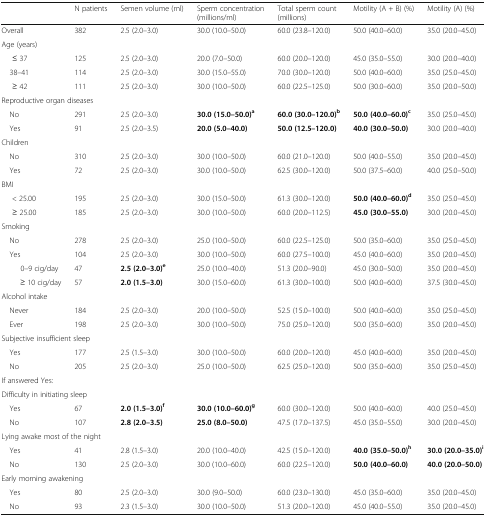
<table><thead><tr><td></td><td><b>N patients</b></td><td><b>Semen volume (ml)</b></td><td><b>Sperm concentration (millions/ml)</b></td><td><b>Total sperm count (millions)</b></td><td><b>Motility (A + B) (%)</b></td><td><b>Motility (A) (%)</b></td></tr></thead><tbody><tr><td>Overall</td><td>382</td><td>2.5 (2.0–3.0)</td><td>30.0 (10.0–50.0)</td><td>60.0 (23.8–120.0)</td><td>50.0 (40.0–60.0)</td><td>35.0 (20.0–45.0)</td></tr><tr><td colspan="7">Age (years)</td></tr><tr><td>≤ 37</td><td>125</td><td>2.5 (2.0–3.0)</td><td>20.0 (7.0–50.0)</td><td>60.0 (20.0–120.0)</td><td>45.0 (35.0–55.0)</td><td>30.0 (20.0–40.0)</td></tr><tr><td> 38–41</td><td>114</td><td>2.5 (2.0–3.0)</td><td>30.0 (15.0–55.0)</td><td>70.0 (30.0–120.0)</td><td>50.0 (40.0–60.0)</td><td>35.0 (25.0–45.0)</td></tr><tr><td>≥ 42</td><td>111</td><td>2.5 (2.0–3.0)</td><td>30.0 (10.0–50.0)</td><td>60.0 (22.5–125.0)</td><td>50.0 (30.0–60.0)</td><td>35.0 (20.0–50.0)</td></tr><tr><td colspan="7">Reproductive organ diseases</td></tr><tr><td> No</td><td>291</td><td>2.5 (2.0–3.0)</td><td><b>30.0 (15.0–50.0)</b><sup><b>a</b></sup></td><td><b>60.0 (30.0–120.0)</b><sup><b>b</b></sup></td><td><b>50.0 (40.0–60.0)</b><sup><b>c</b></sup></td><td>35.0 (25.0–45.0)</td></tr><tr><td> Yes</td><td>91</td><td>2.5 (2.0–3.5)</td><td><b>20.0 (5.0–40.0)</b></td><td><b>50.0 (12.5–120.0)</b></td><td><b>40.0 (30.0–50.0)</b></td><td>30.0 (20.0–40.0)</td></tr><tr><td colspan="7">Children</td></tr><tr><td> No</td><td>310</td><td>2.5 (2.0–3.0)</td><td>30.0 (10.0–50.0)</td><td>60.0 (21.0–120.0)</td><td>50.0 (40.0–55.0)</td><td>35.0 (20.0–45.0)</td></tr><tr><td> Yes</td><td>72</td><td>2.5 (2.0–3.0)</td><td>30.0 (10.0–50.0)</td><td>62.5 (30.0–120.0)</td><td>50.0 (37.5–60.0)</td><td>40.0 (25.0–50.0)</td></tr><tr><td colspan="7">BMI</td></tr><tr><td>&lt; 25.00</td><td>195</td><td>2.5 (2.0–3.0)</td><td>30.0 (15.0–50.0)</td><td>61.3 (30.0–120.0)</td><td><b>50.0 (40.0–60.0)</b><sup><b>d</b></sup></td><td>35.0 (25.0–45.0)</td></tr><tr><td>≥ 25.00</td><td>185</td><td>2.5 (2.0–3.0)</td><td>30.0 (10.0–50.0)</td><td>60.0 (20.0–112.5)</td><td><b>45.0 (30.0–55.0)</b></td><td>30.0 (20.0–45.0)</td></tr><tr><td colspan="7">Smoking</td></tr><tr><td> No</td><td>278</td><td>2.5 (2.0–3.0)</td><td>25.0 (10.0–50.0)</td><td>60.0 (22.5–125.0)</td><td>50.0 (35.0–60.0)</td><td>35.0 (25.0–45.0)</td></tr><tr><td> Yes</td><td>104</td><td>2.5 (2.0–3.0)</td><td>30.0 (10.0–50.0)</td><td>60.0 (27.5–100.0)</td><td>45.0 (40.0–60.0)</td><td>35.0 (20.0–45.0)</td></tr><tr><td>0–9 cig/day</td><td>47</td><td><b>2.5 (2.0–3.0)</b><sup><b>e</b></sup></td><td>25.0 (10.0–40.0)</td><td>51.3 (20.0–90.0)</td><td>45.0 (30.0–50.0)</td><td>35.0 (20.0–45.0)</td></tr><tr><td>≥ 10 cig/day</td><td>57</td><td><b>2.0 (1.5–3.0)</b></td><td>30.0 (15.0–60.0)</td><td>61.3 (30.0–100.0)</td><td>50.0 (40.0–60.0)</td><td>37.5 (30.0–45.0)</td></tr><tr><td colspan="7">Alcohol intake</td></tr><tr><td> Never</td><td>184</td><td>2.5 (2.0–3.0)</td><td>20.0 (10.0–50.0)</td><td>52.5 (15.0–100.0)</td><td>50.0 (40.0–60.0)</td><td>35.0 (25.0–45.0)</td></tr><tr><td> Ever</td><td>198</td><td>2.5 (2.0–3.0)</td><td>30.0 (10.0–50.0)</td><td>75.0 (25.0–120.0)</td><td>50.0 (35.0–60.0)</td><td>35.0 (20.0–45.0)</td></tr><tr><td colspan="7">Subjective insufficient sleep</td></tr><tr><td> Yes</td><td>177</td><td>2.5 (1.5–3.0)</td><td>30.0 (10.0–50.0)</td><td>60.0 (20.0–120.0)</td><td>45.0 (40.0–60.0)</td><td>35.0 (20.0–45.0)</td></tr><tr><td> No</td><td>205</td><td>2.5 (2.0–3.0)</td><td>25.0 (10.0–50.0)</td><td>62.5 (25.0–120.0)</td><td>50.0 (35.0–60.0)</td><td>35.0 (25.0–45.0)</td></tr><tr><td>If answered Yes:</td><td></td><td></td><td></td><td></td><td></td><td></td></tr><tr><td colspan="7">Difficulty in initiating sleep</td></tr><tr><td> Yes</td><td>67</td><td><b>2.0 (1.5–3.0)</b><sup><b>f</b></sup></td><td><b>30.0 (10.0–60.0)</b><sup><b>g</b></sup></td><td>60.0 (30.0–120.0)</td><td>50.0 (40.0–60.0)</td><td>40.0 (25.0–45.0)</td></tr><tr><td> No</td><td>107</td><td><b>2.8 (2.0–3.5)</b></td><td><b>25.0 (8.0–50.0)</b></td><td>47.5 (17.0–137.5)</td><td>45.0 (35.0–55.0)</td><td>30.0 (20.0–45.0)</td></tr><tr><td colspan="7">Lying awake most of the night</td></tr><tr><td> Yes</td><td>41</td><td>2.8 (1.5–3.0)</td><td>20.0 (10.0–40.0)</td><td>42.5 (15.0–120.0)</td><td><b>40.0 (35.0–50.0)</b><sup><b>h</b></sup></td><td><b>30.0 (20.0–35.0)</b><sup><b>i</b></sup></td></tr><tr><td> No</td><td>130</td><td>2.5 (2.0–3.0)</td><td>30.0 (10.0–60.0)</td><td>60.0 (22.5–120.0)</td><td><b>50.0 (40.0–60.0)</b></td><td><b>40.0 (20.0–50.0)</b></td></tr><tr><td colspan="7">Early morning awakening</td></tr><tr><td> Yes</td><td>80</td><td>2.5 (2.0–3.0)</td><td>30.0 (9.0–50.0)</td><td>60.0 (23.0–130.0)</td><td>45.0 (35.0–60.0)</td><td>35.0 (20.0–45.0)</td></tr><tr><td> No</td><td>93</td><td>2.3 (1.5–3.0)</td><td>30.0 (10.0–50.0)</td><td>51.3 (20.0–120.0)</td><td>45.0 (40.0–55.0)</td><td>35.0 (20.0–45.0)</td></tr></tbody></table>